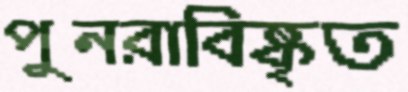
পুনরাবিষ্কৃত